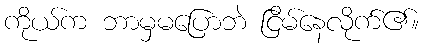
ကိုယ်က ဘာမှမပြောဘဲ ငြိမ်နေလိုက်၏။